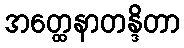
အတ္ထေနာတန္ဒိတာ